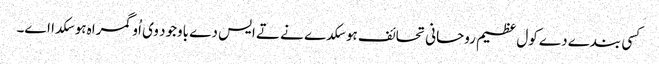
کسی بندے دے کول عظیم روحانی تحائف ہو سکدے نے تے ایس دے باوجود وی اُو گمراہ ہو سکدا اے۔